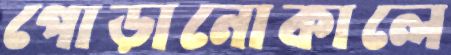
পোড়ানোকালে